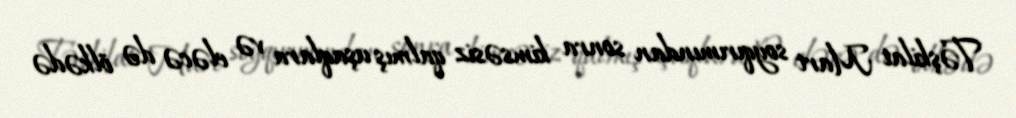
Təşkilat Mart soyqırımından sonra kimsəsiz qalmış uşaqlara və eləcə də ölkədə